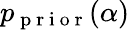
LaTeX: p_{\mathrm{~p~r~i~o~r~}}(\alpha)